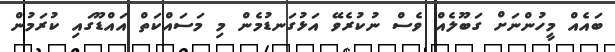
ބައެއް މީހުންނަށް ގަބޫލެއް ވެސް ނުކުރެވޭ އަޅުގަނޑުމެން މި މަސައްކަތް އައްޑޫގައި ކުރަމުން